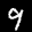
Label: 9